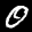
Label: 0